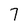
Character: 7